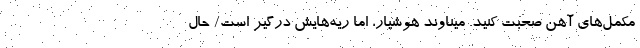
مکمل‌های آهن صحبت کنید. میناوند هوشیار، اما ریه‌هایش درگیر است/ حال